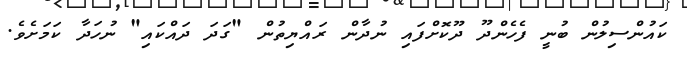
ކައުންސިލުން ބުނީ ފެހެންދޫ ދޫކޮށްފައި ނުދާން ރައްޔިތުން "ގަދަ ދައްކައި" ނުހަދާ ކަމަށެވެ.